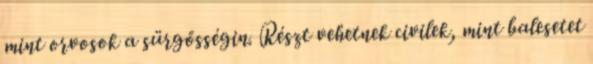
mint orvosok a sürgősségin. Részt vehetnek civilek, mint balesetet